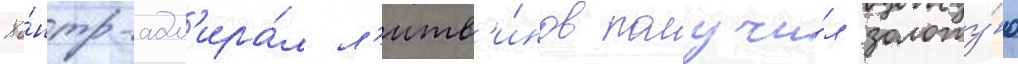
Ко́нтр-адм'ира́л л'итв'и́нов получи́л золоту́ю